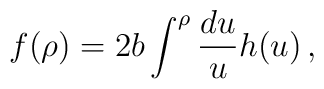
f(\rho) = 2 b \int^{\rho} \frac{du}{u} h(u) \,,